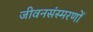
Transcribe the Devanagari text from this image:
जीवनसंस्मरणों